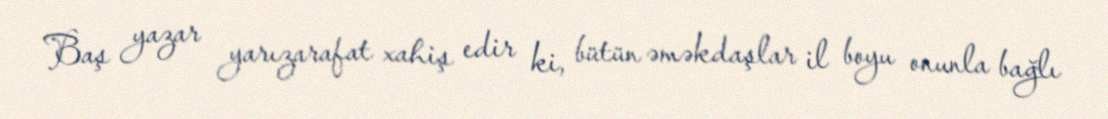
Baş yazar yarızarafat xahiş edir ki, bütün əməkdaşlar il boyu onunla bağlı